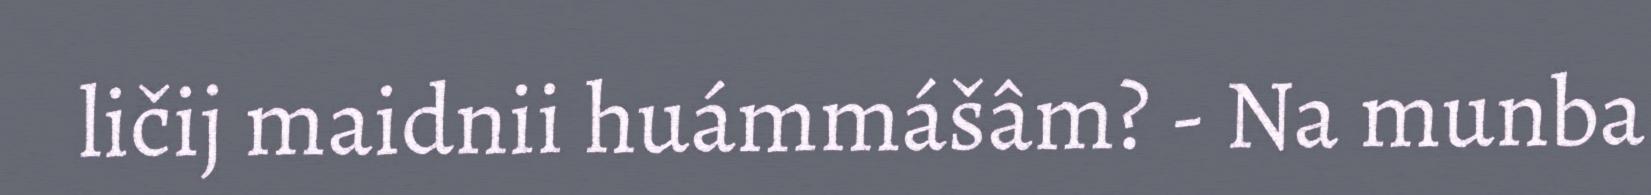
ličij maidnii huámmášâm? - Na munba